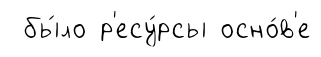
бы́ло р'есу́рсы осно́в'е